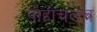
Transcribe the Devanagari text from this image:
पोहोचलेच